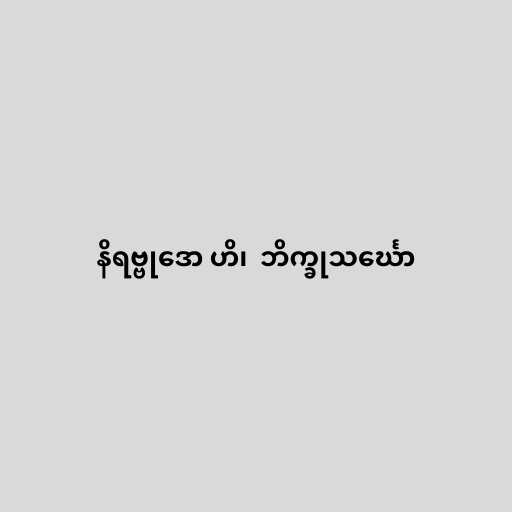
နိရဗ္ဗုဒော ဟိ၊  ဘိက္ခုသင်္ဃော